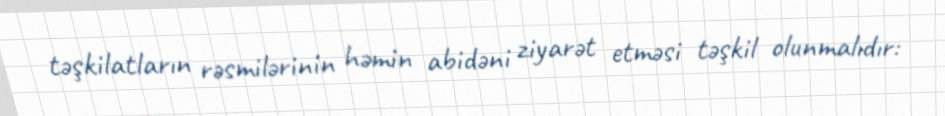
təşkilatların rəsmilərinin həmin abidəni ziyarət etməsi təşkil olunmalıdır: